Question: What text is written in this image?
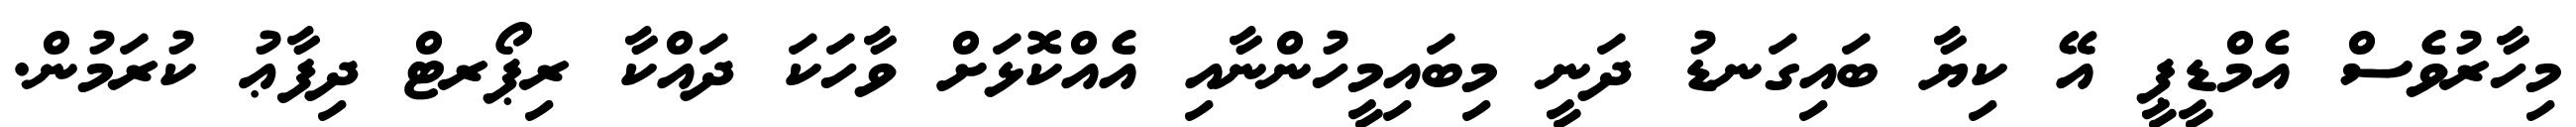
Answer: މިހާރުވެސް އެމްޑީޕީ އޭ ކިޔާ ބައިގަނޑު ދަނީ މިބައިމީހުންނާއި އެއްކޮޅަށް ވާހަކަ ދައްކާ ރިޕޯރޓް ދިފާޢު ކުރަމުން.